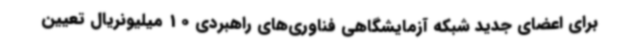
برای اعضای جدید شبکه آزمایشگاهی فناوری‌های راهبردی 10 میلیونریال تعیین